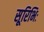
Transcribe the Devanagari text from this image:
सूरिभिः